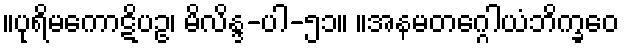
။ပုရိမကောဋိပဥ၊ မိလိန္ဒ-ပါ-၅၁။ ။အနမတဂ္ဂေါယံဘိက္ခဝေ